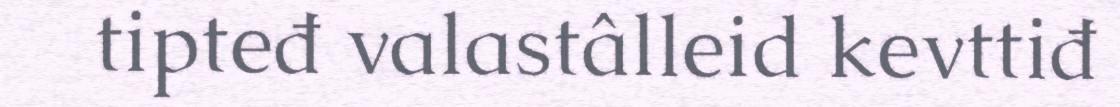
tipteđ valastâlleid kevttiđ